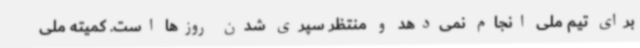
برای تیم ملی انجام نمی‌دهد و منتظر سپری شدن روزها است. کمیته ملی